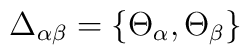
\Delta_{\alpha\beta}=\{\Theta_{\alpha}, \Theta_{\beta}\}